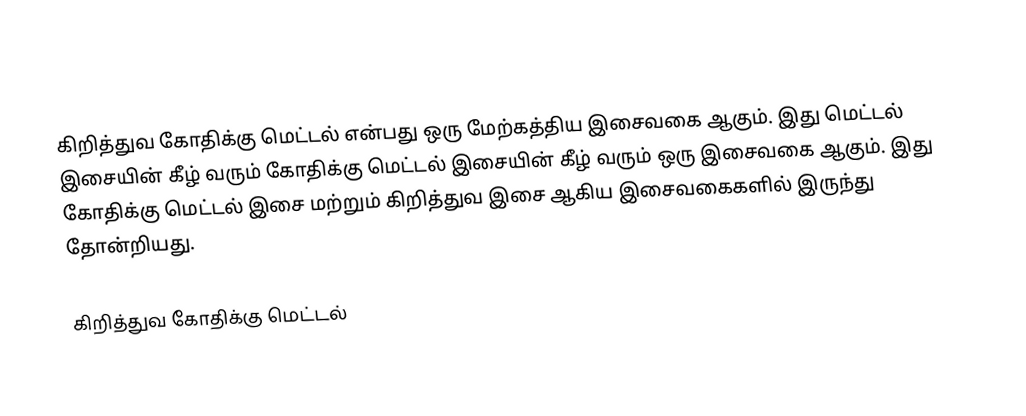
கிறித்துவ கோதிக்கு மெட்டல் என்பது ஒரு மேற்கத்திய இசைவகை ஆகும். இது மெட்டல் இசையின் கீழ் வரும் கோதிக்கு மெட்டல் இசையின் கீழ் வரும் ஒரு இசைவகை ஆகும். இது கோதிக்கு மெட்டல் இசை மற்றும் கிறித்துவ இசை ஆகிய இசைவகைகளில் இருந்து தோன்றியது.

கிறித்துவ கோதிக்கு மெட்டல்